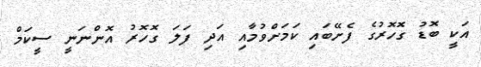
އަކީ ބޮޑު ގޮހޮރުގެ ފެށޭބައި ކަމަށްވުމާއި އަދި ފަލަ ގޮހޮރު އޮންނަނީ ސީކަމް